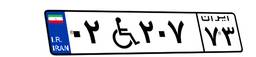
۰۲W۲۰۷۷۳